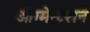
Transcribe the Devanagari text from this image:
ऑग्मेन्टेशन